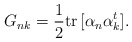
\begin{align*}G_{nk}={1\over 2}{\rm tr}\, [\alpha_n\alpha^t_k].\end{align*}